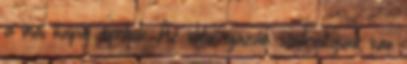
a mai napig ápoljuk. Az idén igazán szükségünk van